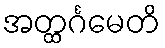
အတ္ထင်္ဂမေတိ